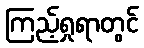
ကြည့်ရှုရာတွင်